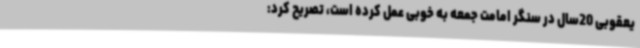
یعقوبی 20سال در سنگر امامت جمعه به خوبی عمل کرده است، تصریح کرد: